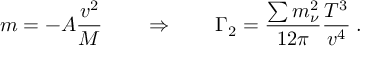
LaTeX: m = - A \frac { v ^ { 2 } } { M } \qquad \Rightarrow \qquad \Gamma _ { 2 } = \frac { \sum m _ { \nu } ^ { 2 } } { 1 2 \pi } \frac { T ^ { 3 } } { v ^ { 4 } } \; .